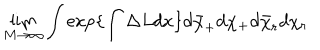
LaTeX: \lim _ { M \rightarrow \infty } \int \exp \{ \int \Delta L d x \} d \bar { \chi } _ { + } d \chi _ { + } d \bar { \chi } _ { r } d \chi _ { r }